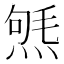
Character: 𤋤